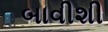
બાવીશી